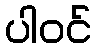
ပါဝင်